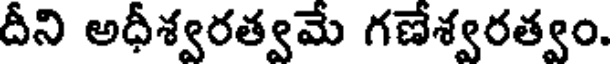
దీని అధీశ్వరత్వమే గణేశ్వరత్వం.